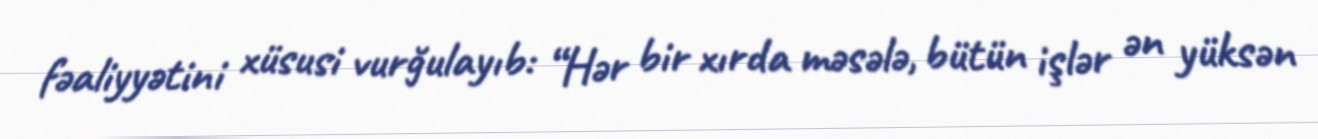
fəaliyyətini xüsusi vurğulayıb: “Hər bir xırda məsələ, bütün işlər ən yüksən